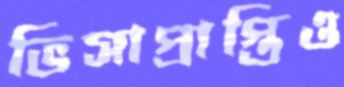
ভিসাপ্রাপ্তিও